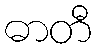
ဓာတီ